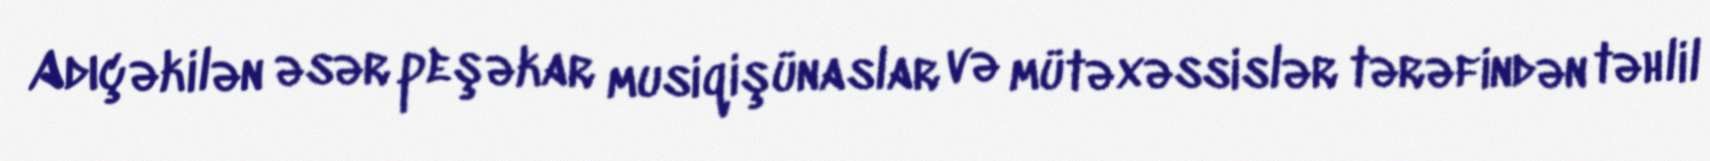
Adıçəkilən əsər peşəkar musiqişünaslar və mütəxəssislər tərəfindən təhlil